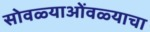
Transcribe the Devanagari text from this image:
सोवळ्याओंवळ्याचा